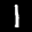
Label: 1